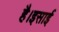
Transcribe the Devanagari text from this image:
है।इसाई